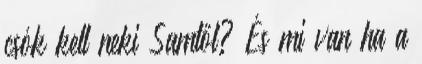
csók kell neki Samtől? És mi van ha a